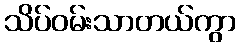
သိပ်ဝမ်းသာတယ်ကွာ